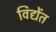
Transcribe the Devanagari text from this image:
विद्येंत